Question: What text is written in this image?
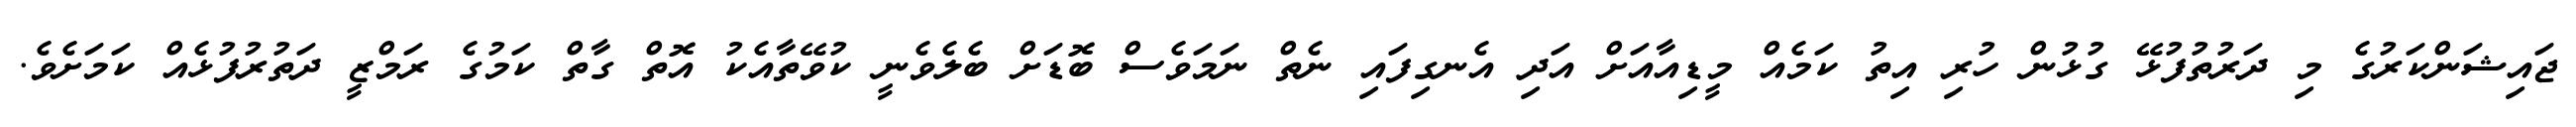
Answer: ޖައިޝަންކަރުގެ މި ދަރުތުފުޅޭ ގުޅުން ހުރި އިތު ކަމެއް މީޑިއާއަށް އަދި އެނގިފައި ނެތް ނަމަވެސް ބޮޑަށް ބެލެވެނީ ކުވޭތާއެކު އޮތް ގާތް ކަމުގެ ރަމްޒީ ދަތުރުފުޅެއް ކަމަށެވެ.